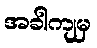
အခါကျမှ